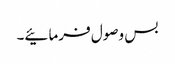
بس وصول فرمائیے۔